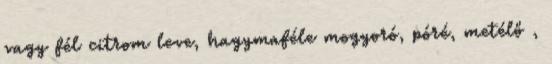
vagy fél citrom leve, hagymaféle mogyoró, póré, metélő ,